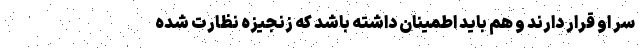
سر او قرار دارند و هم باید اطمینان داشته باشد که زنجیزه نظارت شده